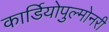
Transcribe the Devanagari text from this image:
कार्डियोपुल्मोनरी